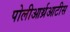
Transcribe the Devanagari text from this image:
पोलीआर्थ्रआटीस